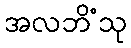
အလဘိံသု